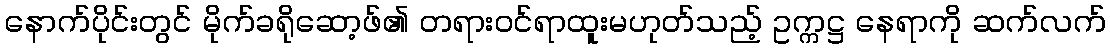
နောက်ပိုင်းတွင် မိုက်ခရိုဆော့ဖ်၏ တရားဝင်ရာထူးမဟုတ်သည့် ဥက္ကဋ္ဌ နေရာကို ဆက်လက်